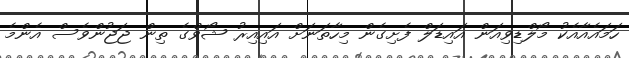
ހަމައެއާއެކު މޯލްޑިވިއަން އައިޑަލް ފެށިގެން މިހާތަނަށް އައިއިރު ޝޯވްގެ ތިން ޖަޖުންވެސް އެންމެ